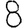
Digit: 8